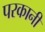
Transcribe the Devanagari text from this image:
परकानी